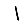
Digit: 1